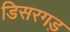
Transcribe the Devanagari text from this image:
डिसरगड़